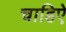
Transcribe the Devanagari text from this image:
चाहिऐ